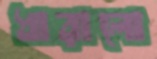
ধারালো